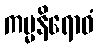
ကမ္မနိရောဓံ